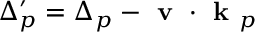
\Delta _ { p } ^ { \prime } = \Delta _ { p } - \textbf { v } \cdot { } \textbf { k } _ { p }